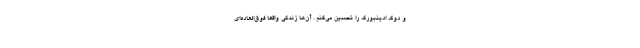
و دوک ادینبورگ را تحسین می‌کنم . آن‌ها زندگی‌ واقعا فوق‌العاده‌ای